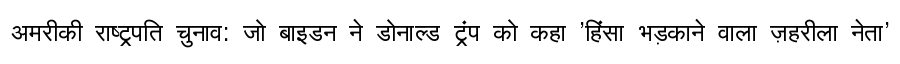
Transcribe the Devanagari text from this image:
अमरीकी राष्ट्रपति चुनाव: जो बाइडन ने डोनाल्ड ट्रंप को कहा 'हिंसा भड़काने वाला ज़हरीला नेता'